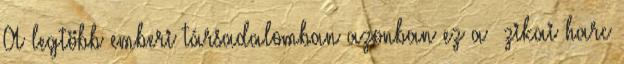
A legtöbb emberi társadalomban azonban ez a ﬁzikai harc